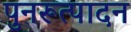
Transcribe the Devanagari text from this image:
पुनरूत्पादन